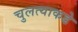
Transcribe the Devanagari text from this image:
चुलत्याकडे